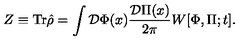
Z \equiv \mathrm { T r } \hat { \rho } = \int { \cal D } \Phi ( x ) { \frac { { \cal D } \Pi ( x ) } { 2 \pi } } W [ \Phi , \Pi ; t ] .